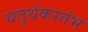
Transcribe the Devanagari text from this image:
चतुर्थकस्तंभ